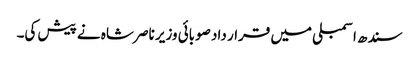
سندھ اسمبلی میں قرار داد صوبائی وزیر ناصر شاہ نے پیش کی۔